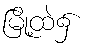
မြို့ထဲ၌